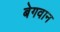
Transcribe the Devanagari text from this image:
बेगवान